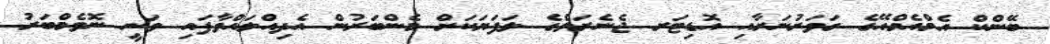
ބޭންކް އެމްއެމްއޭގެ ގަވަރުނަރާއި އޮޑިޓަރ ޖެނެރަލްގެ ލަފަޔަކަށް މެންބަރުން އެދިއްލައްވާފައި ވަނީ ނޮވެމްބަރު